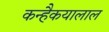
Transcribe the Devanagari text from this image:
कन्हैकयालाल